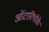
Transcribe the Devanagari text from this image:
ओंटारियोके